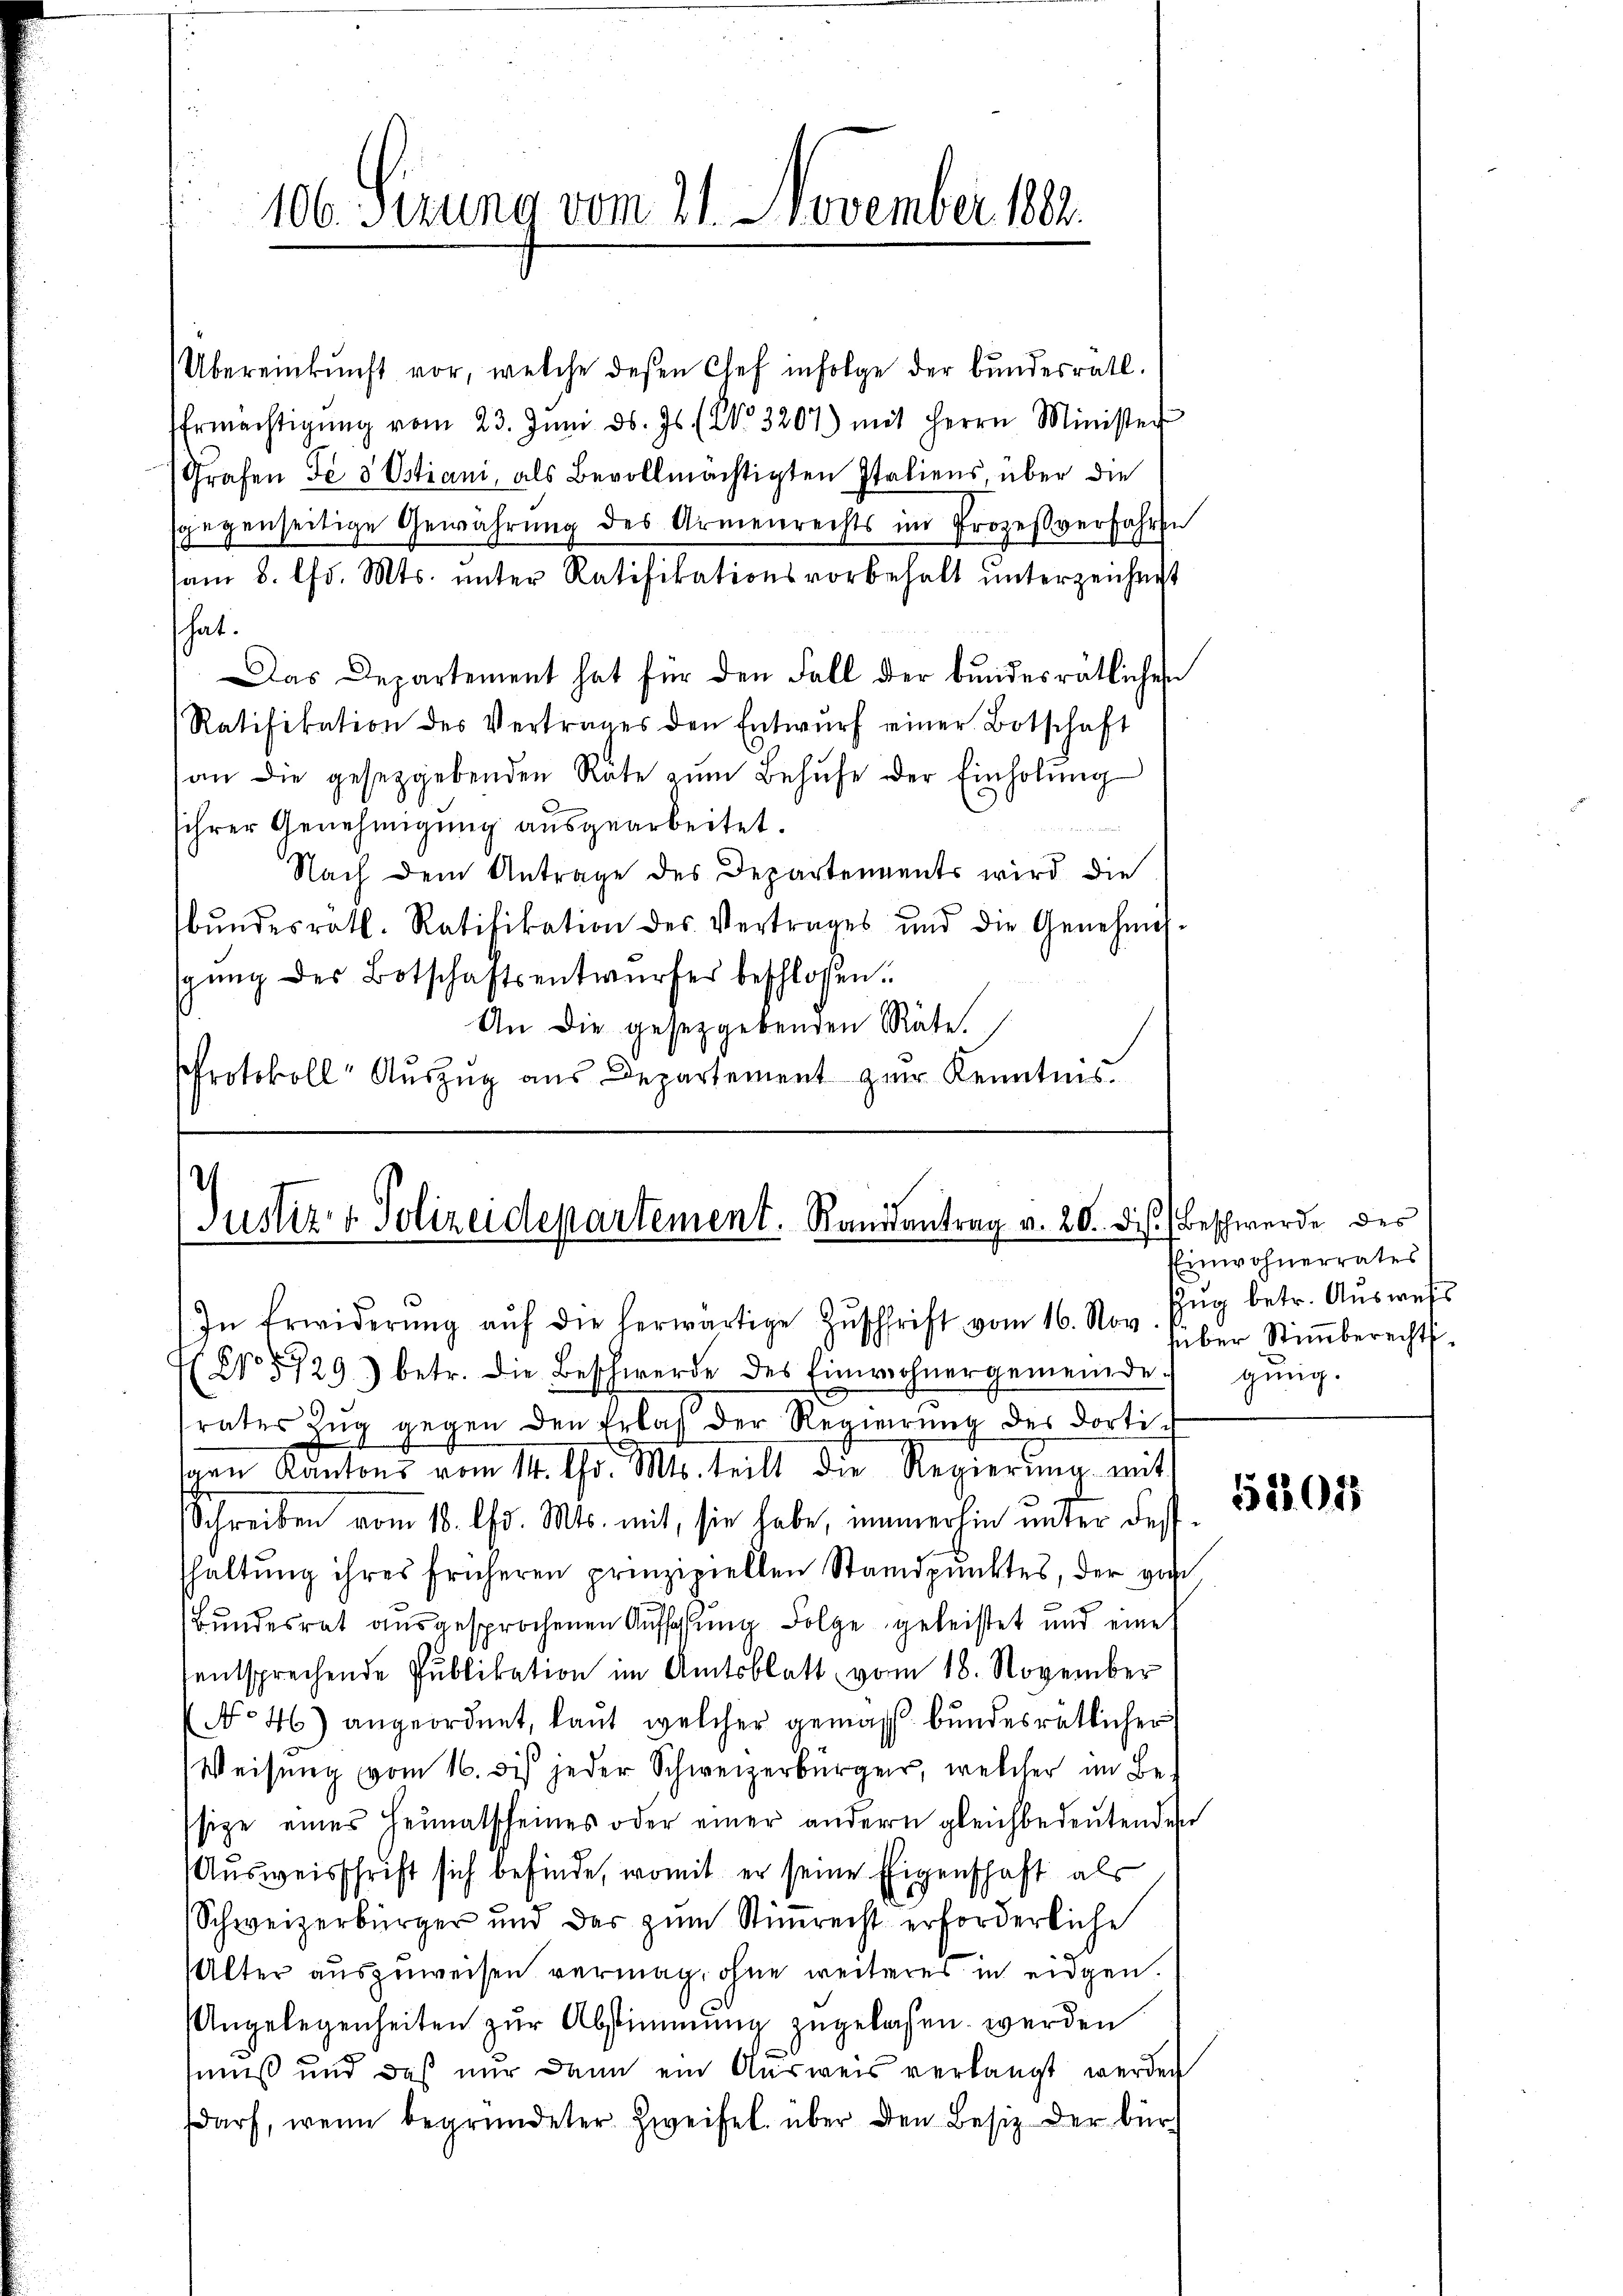
106. Serung vom 21. November 182.

Übereinkunft vor, welche deßen Chef infolge der bundesrath.
Ermächtigŭng vom 23. Juni d. Js. (No. 3207) mit Herrn Minister
Grafen Je 8 Ostiani, als Bevollmächtigten Italiens, über die
sgegenseitige Gewährung des Armenrechts im Prozessverfahren
am 8. lfd. Mts. unter Ratifikationsvorbehalt unterzeichnet
hat.
Das Departement hat für den Fall der bundesrätlichen
Ratifikation des Vertrages den Entwŭrf einer Botschaft
an die gesetzgebenden Räte zŭm Behufe der Einholŭng
sihrer Genehmigŭng aŭsgearbeitet.
Nach dem Antrage des Departements wird die
bŭndesrath. Ratifikation des Vertrages und die Genehmig-
gŭng des Botschaftsentwŭrfes beschlossen:
An die gesetzgebenden Räte.
Protokoll Aŭszŭg aŭs Departement zŭr Kenntnis.

Justiz & Polizeidepartement. Randsantrag v. 20. dis. (Beschwerde des

In Erwiderŭng aŭf die herwärtige Zŭschrift vom 16. Nov. Zŭg betr. Aŭsweiss
No 5729) betr. die Beschwerde des Einwohnergemeinde gŭng.
rates Zŭg gegen den Erlas der Regierŭng des dortisch
gen Kantons vom 14. Chr. Mts. teilt die Regierung mit
Schreiben vom 10. Chr. Mts. mit, sie habe, immerhin unter deshaltŭng ihres früheren prinzipiellen Standpŭnktes, der von
Bundesrat ausgesprochenen Aufschung Folge geleistet und eine
entsprechende Publikation im Amtsblatt vom 18. November
No 46) angeordnet, laut welcher gemäss bundesrätlicher
Weisung vom 16. des jeder Schweizerbürger, welcher im Bessige eines Heimatscheines oder einer andern gleichbedeŭtenden
Ausweisschrift sich befinde, womit er seine Eigenschaft als
Schweizerbürger und das zum Stimmrecht erforderliche
Alter auszuweisen vermag, ohne weiteres in eigen.
Angelegenheiten zur Abstimmung zugelassen werden
muß und daß nur dann ein Ausweis verlangt werden
darf, wenn begründeter Zweifel über den Besitz der bür

Einwohnerrates
süber Stimmberechts¬

52307